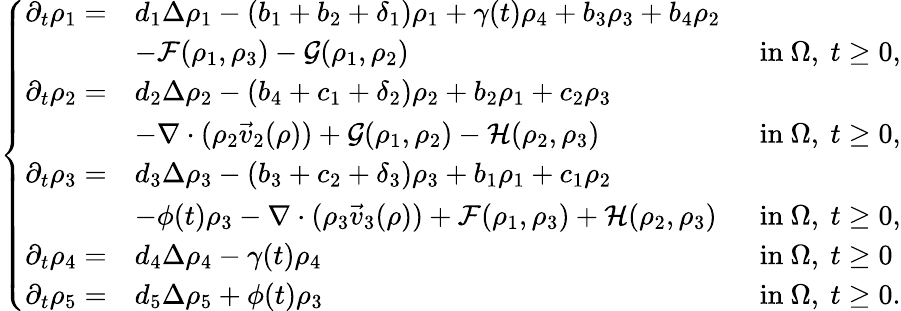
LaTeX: \left\{ \begin{array}{lll}{\partial_{t}\rho_{1}=}&{d_{1}\Delta\rho_{1}-(b_{1}+b_{2}+\delta_{1})\rho_{1}+\gamma(t)\rho_{4}+b_{3}\rho_{3}+b_{4}\rho_{2}}&\\ &{-\mathcal{F}(\rho_{1},\rho_{3})-\mathcal{G}(\rho_{1},\rho_{2})\; }&{\mathrm{~in~}\Omega,\ t\geq 0,}\\ {\partial_{t}\rho_{2}=}&{d_{2}\Delta\rho_{2}-(b_{4}+c_{1}+\delta_{2})\rho_{2}+b_{2}\rho_{1}+c_{2}\rho_{3}}&\\ &{-\nabla\cdot(\rho_{2}\vec{v}_{2}(\rho))+\mathcal{G}(\rho_{1},\rho_{2})-\mathcal{H}(\rho_{2},\rho_{3})\; }&{\mathrm{~in~}\Omega,\ t\geq 0,}\\ {\partial_{t}\rho_{3}=}&{d_{3}\Delta\rho_{3}-(b_{3}+c_{2}+\delta_{3})\rho_{3}+b_{1}\rho_{1}+c_{1}\rho_{2}}\\ &{-\phi(t)\rho_{3}-\nabla\cdot(\rho_{3}\vec{v}_{3}(\rho))+\mathcal{F}(\rho_{1},\rho_{3})+\mathcal{H}(\rho_{2},\rho_{3})\; }&{\mathrm{~in~}\Omega,\ t\geq 0,}\\ {\partial_{t}\rho_{4}=}&{d_{4}\Delta\rho_{4}-\gamma(t)\rho_{4}\; }&{\mathrm{~in~}\Omega,\ t\geq 0}\\ {\partial_{t}\rho_{5}=}&{d_{5}\Delta\rho_{5}+\phi(t)\rho_{3}\; }&{\mathrm{~in~}\Omega,\ t\geq 0.}\end{array}\right.